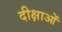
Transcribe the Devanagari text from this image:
दीक्षाओं